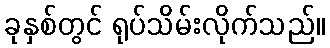
ခုနှစ်တွင် ရုပ်သိမ်းလိုက်သည်။